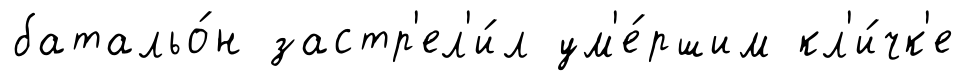
батальо́н застр'ел'и́л ум'е́ршим кл'и́чк'е